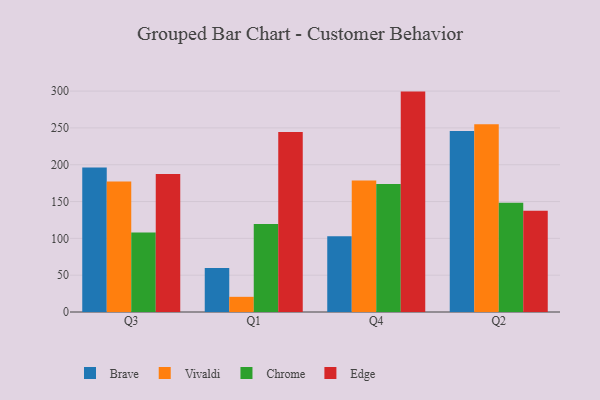
{"axis": {"x": "Quarter", "y": "LTV (USD)"}, "legend": ["Brave", "Chrome", "Edge", "Vivaldi"], "data": [{"x": "Q3", "y": 196.1, "type": "Brave"}, {"x": "Q3", "y": 177.3, "type": "Vivaldi"}, {"x": "Q3", "y": 108.1, "type": "Chrome"}, {"x": "Q3", "y": 187.5, "type": "Edge"}, {"x": "Q1", "y": 59.7, "type": "Brave"}, {"x": "Q1", "y": 20.6, "type": "Vivaldi"}, {"x": "Q1", "y": 119.4, "type": "Chrome"}, {"x": "Q1", "y": 244.3, "type": "Edge"}, {"x": "Q4", "y": 102.8, "type": "Brave"}, {"x": "Q4", "y": 178.5, "type": "Vivaldi"}, {"x": "Q4", "y": 173.7, "type": "Chrome"}, {"x": "Q4", "y": 299.3, "type": "Edge"}, {"x": "Q2", "y": 245.9, "type": "Brave"}, {"x": "Q2", "y": 254.9, "type": "Vivaldi"}, {"x": "Q2", "y": 148.5, "type": "Chrome"}, {"x": "Q2", "y": 137.6, "type": "Edge"}]}